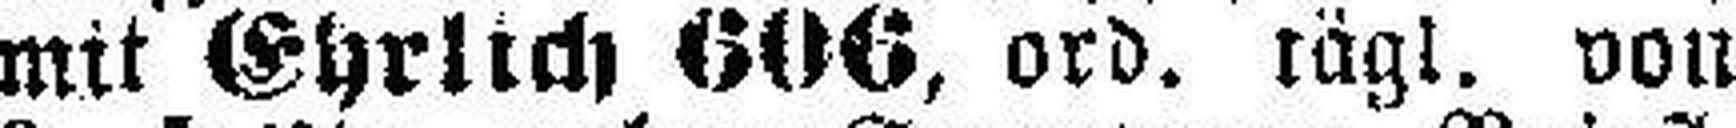
mit Ehrlich 606, ord. tägl. von